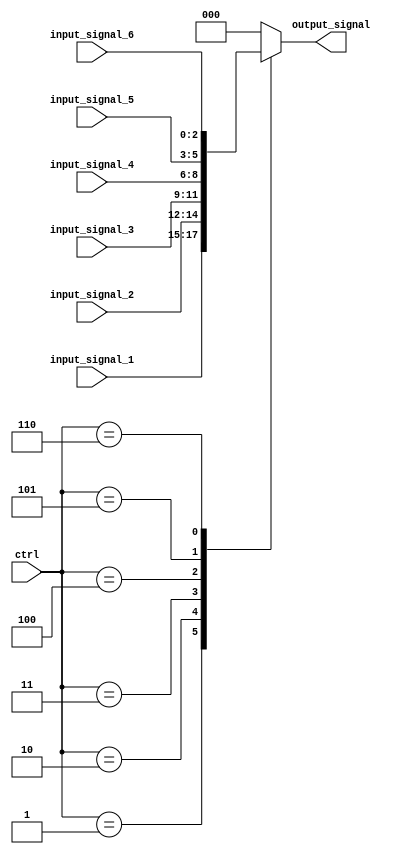
//:
//|  000  |    off     |
//|  001  |  2hz   |
//|  010  |  2hz   |
//|  011  |  5hz   |
//|  100  |  5hz   |
//|  101  |  11hz  |
//|  110  |  11hz  |
//|  111  |    off     |
module Control(
	input [2:0] ctrl,
    input [2:0] input_signal_1,
    input [2:0] input_signal_2,
    input [2:0] input_signal_3,
    input [2:0] input_signal_4,
    input [2:0] input_signal_5,
    input [2:0] input_signal_6,
    output reg [2:0] output_signal
);

    always @(*) begin
        case (ctrl)
            3'b000: output_signal <= 3'b000;
            3'b001: output_signal <= input_signal_1;
            3'b010: output_signal <= input_signal_2;
            3'b011: output_signal <= input_signal_3;
            3'b100: output_signal <= input_signal_4;
            3'b101: output_signal <= input_signal_5;
            3'b110: output_signal <= input_signal_6;
            default: output_signal = 3'b000;
        endcase
    end

endmodule